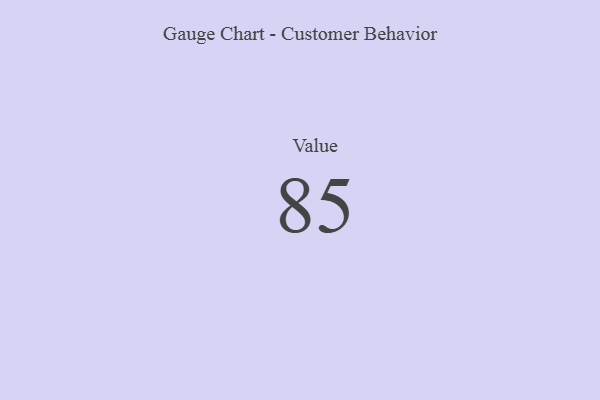
{"axis": {"x": "Metric", "y": "Value"}, "legend": [""], "data": [{"x": "Value", "y": 85, "type": ""}]}